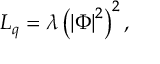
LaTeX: { \cal L } _ { q } = \lambda \left( \left| \Phi \right| ^ { 2 } \right) ^ { 2 } ,